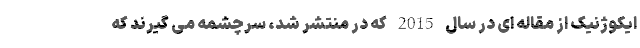
ایکوژنیک از مقاله ای در سال 2015 که در منتشر شد، سرچشمه می گیرند که